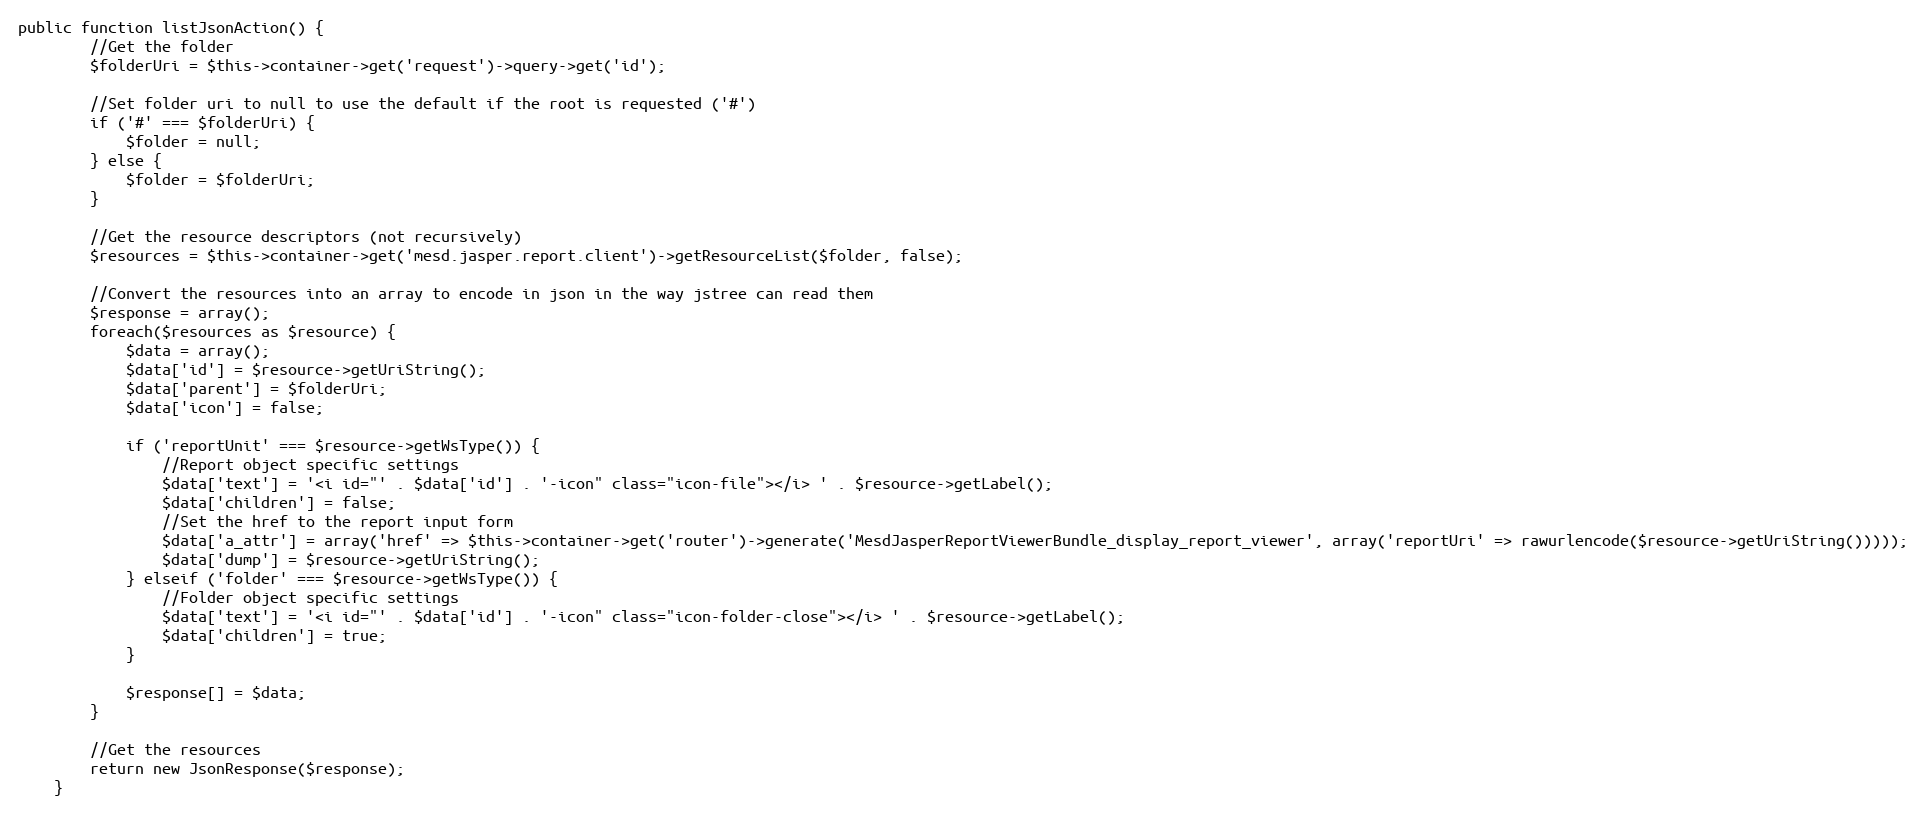
Language: PHP
public function listJsonAction() {
        //Get the folder
        $folderUri = $this->container->get('request')->query->get('id');

        //Set folder uri to null to use the default if the root is requested ('#')
        if ('#' === $folderUri) {
            $folder = null;
        } else {
            $folder = $folderUri;
        }

        //Get the resource descriptors (not recursively)
        $resources = $this->container->get('mesd.jasper.report.client')->getResourceList($folder, false);

        //Convert the resources into an array to encode in json in the way jstree can read them
        $response = array();
        foreach($resources as $resource) {
            $data = array();
            $data['id'] = $resource->getUriString();
            $data['parent'] = $folderUri;
            $data['icon'] = false;

            if ('reportUnit' === $resource->getWsType()) {
                //Report object specific settings
                $data['text'] = '<i id="' . $data['id'] . '-icon" class="icon-file"></i> ' . $resource->getLabel();
                $data['children'] = false;
                //Set the href to the report input form
                $data['a_attr'] = array('href' => $this->container->get('router')->generate('MesdJasperReportViewerBundle_display_report_viewer', array('reportUri' => rawurlencode($resource->getUriString()))));
                $data['dump'] = $resource->getUriString();
            } elseif ('folder' === $resource->getWsType()) {
                //Folder object specific settings
                $data['text'] = '<i id="' . $data['id'] . '-icon" class="icon-folder-close"></i> ' . $resource->getLabel();
                $data['children'] = true;
            }

            $response[] = $data;
        }

        //Get the resources
        return new JsonResponse($response);
    }